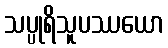
သပ္ပုရိသူပဿယော